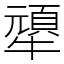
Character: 㹕